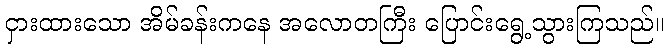
ငှားထားသော အိမ်ခန်းကနေ အလောတကြီး ပြောင်းရွေ့သွားကြသည်။